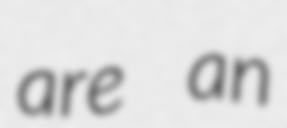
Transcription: are an